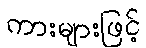
ကားများဖြင့်